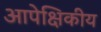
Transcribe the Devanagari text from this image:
आपेक्षिकीय